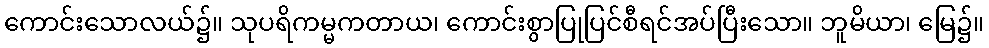
ကောင်းသောလယ်၌။ သုပရိကမ္မကတာယ၊ ကောင်းစွာပြုပြင်စီရင်အပ်ပြီးသော။ ဘူမိယာ၊ မြေ၌။